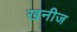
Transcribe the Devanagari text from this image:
खनीज